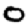
Digit: 0